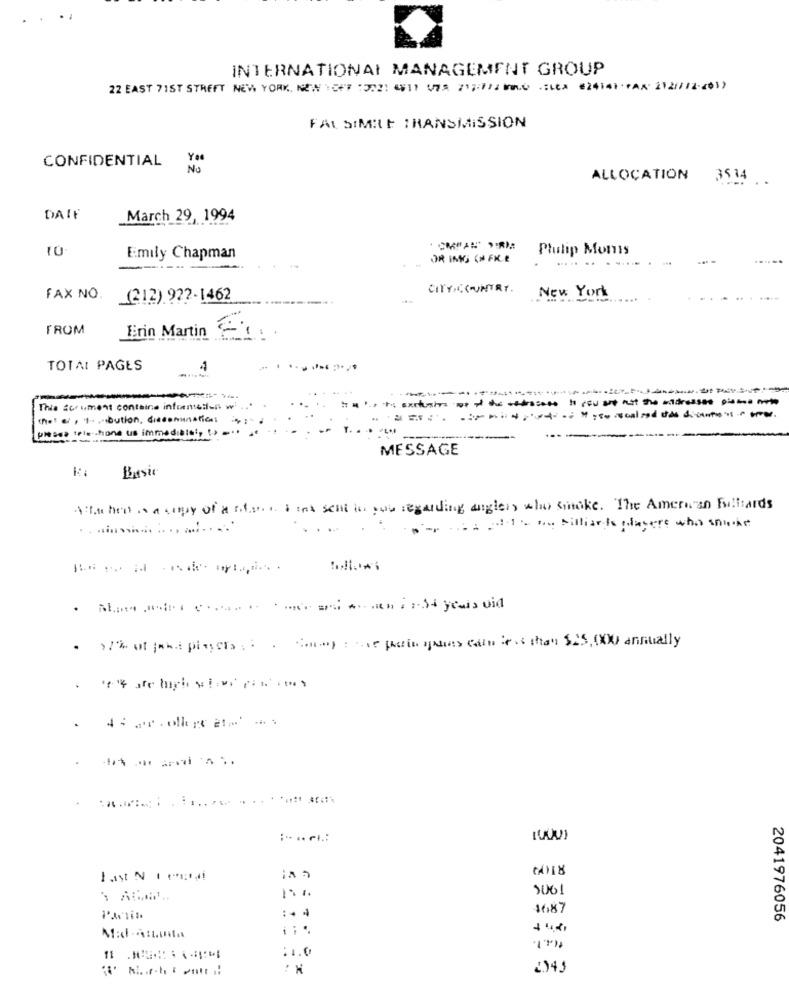
INTERNATIONAL MANAGEMENT GROUP
22 EAST 71ST STREET NEW YORK, NEW 1OFF :572: 4911 075 717:77 00 :LEA 424141 7Ax 2121/2-201)
FAL SIMILE TRANSMISSION
You
CONFIDENTIAL
ALLOCATION
3514
DAIF
March 29, 1994
Philip Monts
Emily Chapman
DRINKS EN FIRE
.......-
-
----
CITY,COUNTRY.
New York
FAX NO.
(212) 922-1462
FROM
Erin Martin 6:
TOTAL PAGES
4
This for iment containe informed-n w'
the! @ , 1 ... bution, disseminatic .:
pissa Irle -. hone us immediate :, (> =
----
MESSAGE
Basic
Haben s a copy of artsin sina sent to pos regarding anglers who smoke. The Amerian Fulltards
.. ......... ............
alto billiards players who spoke
. >7% of fant players : : a Sony har Delin antes cain less than $25, 000 annually
-
1.
5061
4687
2041976056
.
:1.0
2.)45